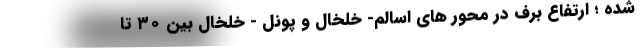
شده ؛ ارتفاع برف در محور های اسالم- خلخال و پونل - خلخال بین ۳۰ تا